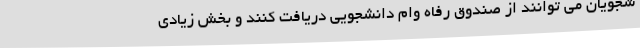
شجویان می توانند از صندوق رفاه وام دانشجویی دریافت کنند و بخش زیادی